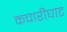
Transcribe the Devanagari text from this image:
कचारीघाट